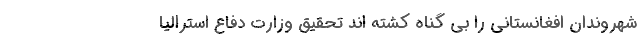
شهروندان افغانستانی را بی گناه کشته اند تحقیق وزارت دفاع استرالیا